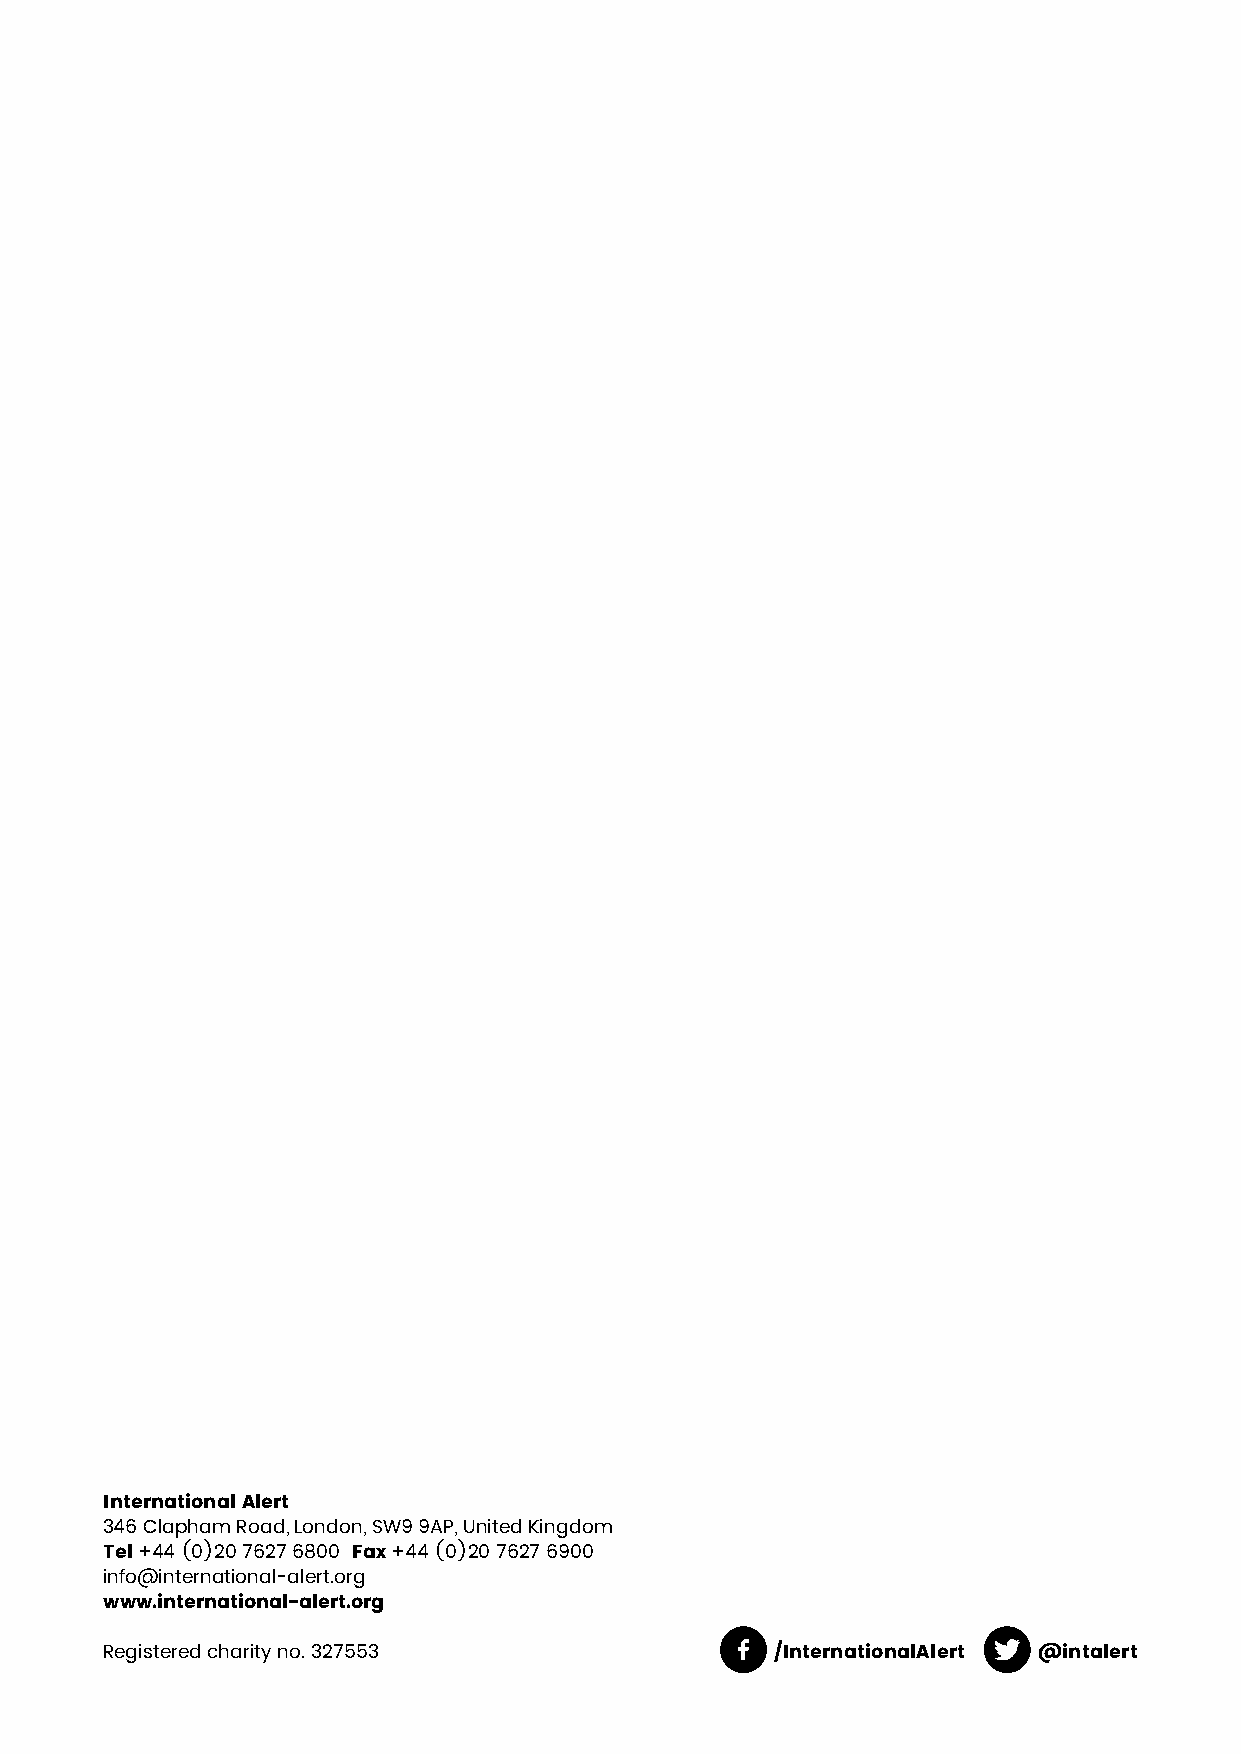
International Alert
 346 Clapham Road, London, SW9 9AP, United Kingdom
 Tel +44 (0)20 7627 6800 Fax +44 (0)20 7627 6900
 info@international-alert.org
 www.international-alert.org
 Registered charity no. 327553               /InternationalAlert @intalert